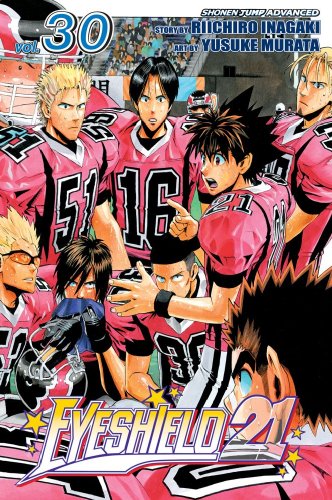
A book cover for Eyeshield 21, Vol. 30; Riichiro Inagaki; Comics & Graphic Novels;